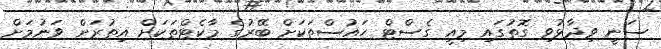
ސަނީ ވިދާޅުވި ގޮތުގައި މިއީ ގެސްޓް ހައުސްތަކަށް ބޭރުގެ މާކެޓްތަކަށް އިތުރަށް ވަނުމަށް